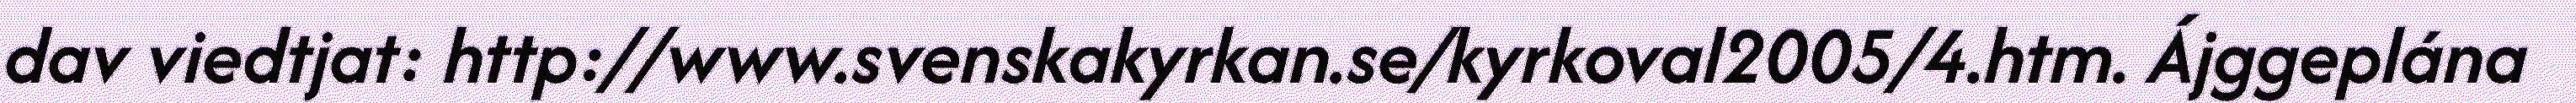
dav viedtjat: http://www.svenskakyrkan.se/kyrkoval2005/4.htm. Ájggeplána